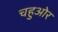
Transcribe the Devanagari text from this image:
चहुओर